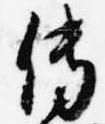
伝